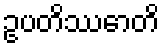
ဥပတိဿောတိ